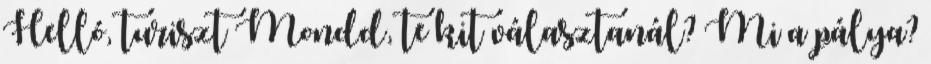
Helló, turiszt Mondd, te kit választanál? Mi a pálya?